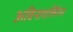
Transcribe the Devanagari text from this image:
अविनाशलिंगम